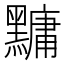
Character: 𪒒